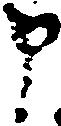
申